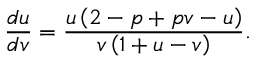
\frac { d u } { d v } = \frac { u \left( 2 - p + p v - u \right) } { v \left( 1 + u - v \right) } .